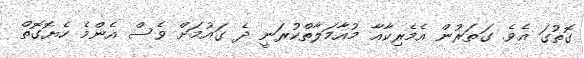
ގޮތުގަ އެވެ. ގަތަރުން އެމެރިކާއާ މުއާމަލާތްކުރަނީ ދެ ގައުމަށް ވެސް އެންމެ ހެޔޮގޮތް